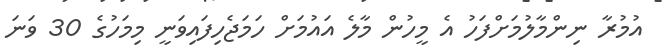
އުމުރާ ނިންމާލުމަށްފަހު އެ މީހުން މާލެ އައުމަށް ހަމަޖެހިފައިވަނީ މިމަހުގެ 30 ވަނަ